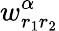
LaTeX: w_{r_{1}r_{2}}^{\alpha}